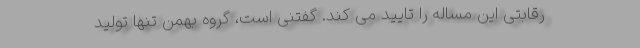
رقابتی این مساله را تایید می کند. گفتنی است، گروه بهمن تنها تولید